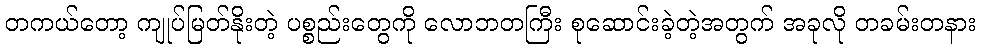
တကယ်တော့ ကျုပ်မြတ်နိုးတဲ့ ပစ္စည်းတွေကို လောဘတကြီး စုဆောင်းခဲ့တဲ့အတွက် အခုလို တခမ်းတနား